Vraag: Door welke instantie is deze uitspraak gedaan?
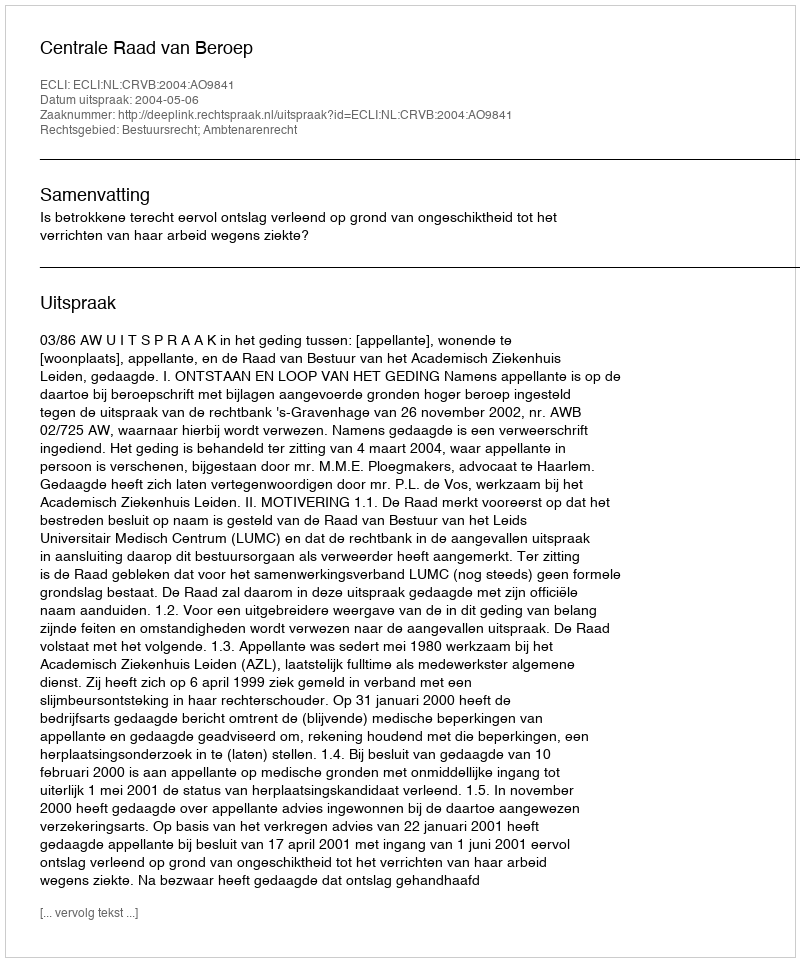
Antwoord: Centrale Raad van Beroep